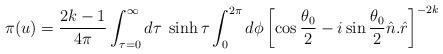
LaTeX: \begin{align*} \pi(u) =\frac{2k-1}{4\pi} \int_{\tau=0}^{\infty} d\tau\; \sinh\tau \int_{0}^{2\pi}d\phi \left[ \cos\frac{\theta_{0}}{2} -i\sin\frac{\theta_{0}}{2} \hat{n}. \hat{r} \right]^{-2k}\end{align*}